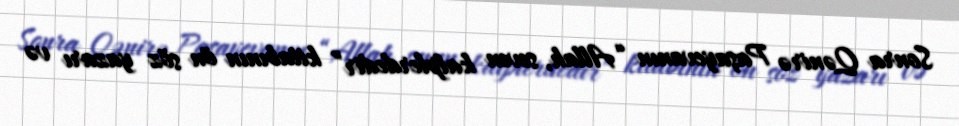
Sonra Qənirə Paşayevanın “Allah, seven kalplerdedir” kitabının ön söz yazarı və